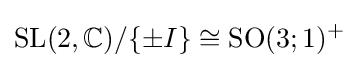
{\text{SL}}(2,\mathbb {C} )/\{\pm I\}\cong {\text{SO}}(3;1)^{+}